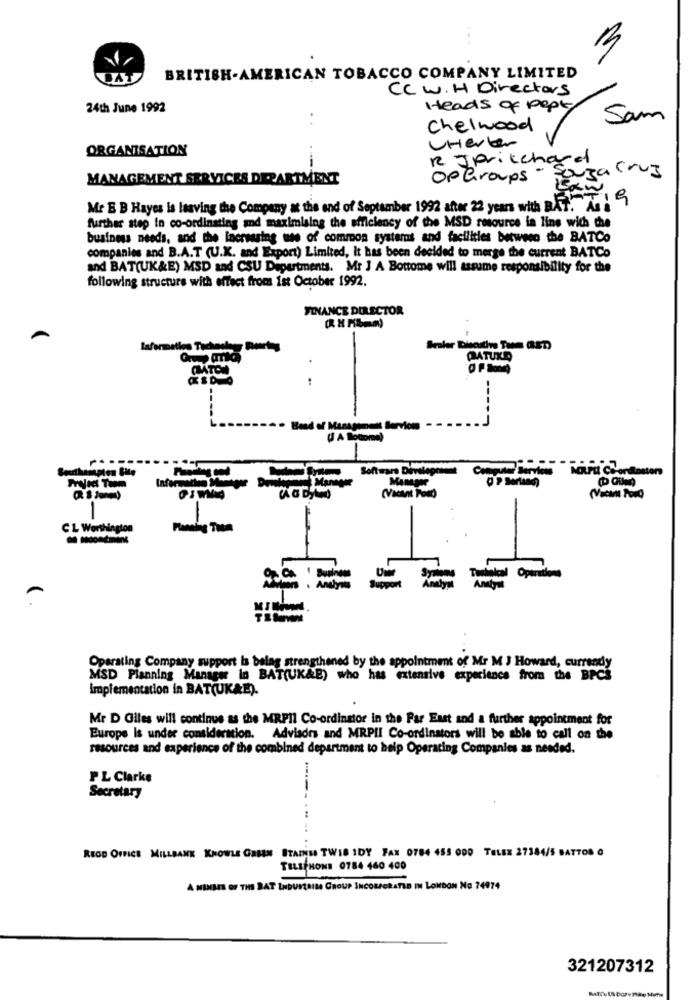
BAT
BRITISH-AMERICAN TOBACCO COMPANY LIMITED
CC W. H Directors
24th June 1992
Heads of pepty
. .
Sam
Chelwood
ORGANISATION
UHerter
RJpritchard
-
SouzaCruz
MANAGEMENT SERVICES DEPARTMENT
@Groups
Mr & B Hayes is leaving the Company at the end of September 1992 after 22 years with BAT. As :
further step in co-ordinating and maximising the efficiency of the MSD resource in line with the
business needs, and the increasing use of common systems and facilities between the BATCo
companies and B.A.T (U.K. and Export) Limited, It has been decided to merge the current BATCo
and BAT(UK&E) MSD and CSU Departments. Mr J A Bottome will assume responsibility for the
following structure with effect from 1st October 1992.
FINANCE DIRECTOR
laformation Tachaaly Boring
.
QATUKD
CHATON
Band of Manage
et Services
...
Software Divalegen
Servies NOUPIL CHondlosten
Manager
(Vacant Post)
1
CL Worthington
Operadora
Operating Company support is belag strengthened by the appointment of Mr M J Howard, currandy
MSD Planning Manager in BAT(UK&E) who has extensive experience from the BPCS
Implementation in BAT(UKAE).
Mr D Giles will continue as the MRPII Co-ordinator in the Par East and a further appointment for
Europe Is under consideration.
Advisors and MRPII Co-ordinators will be able to call on the
resources and experience of the combined department to help Operating Companies as needed.
PL Clarke
Secretary
REOD OFFICE MILLBANK KNOWLE GASEN STAINM TWIS IDY FAX 0784 455 000 TELEX 27384/5 BATTOR O
TELEPHONE 0784 460 400
A MEMBER OF THE BAT INDUSTRIN GROUP INCORPORATED IN LONDON NO 74974
321207312